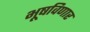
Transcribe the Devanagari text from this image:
भूषविणार